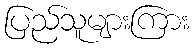
ပြည်သူများကြား